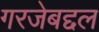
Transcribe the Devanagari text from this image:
गरजेबद्दल